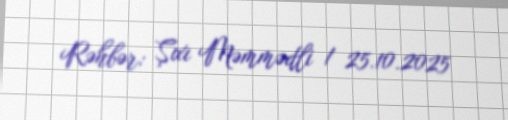
Rəhbər: Şıxı Məmmədli / 25.10.2025